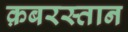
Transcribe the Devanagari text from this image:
क़बरस्तान